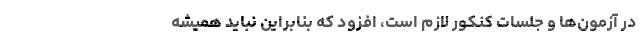
در آزمون‌ها و جلسات کنکور لازم است، افزود که بنابراین نباید همیشه